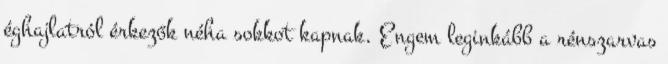
éghajlatról érkezők néha sokkot kapnak. Engem leginkább a rénszarvas